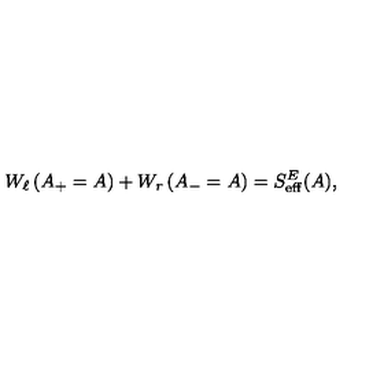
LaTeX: W _ { \ell } \left( A _ { + } = A \right) + W _ { r } \left( A _ { - } = A \right) = S _ { \mathrm { e f f } } ^ { E } ( A ) ,